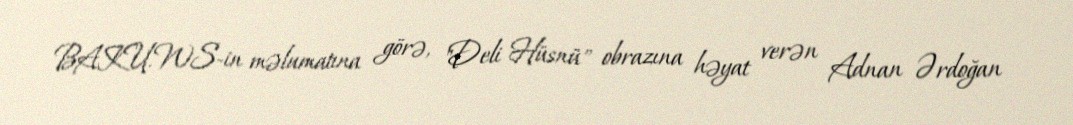
BAKU.WS-in məlumatına görə, "Deli Hüsnü" obrazına həyat verən Adnan Ərdoğan